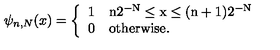
\psi _ { n , N } ( x ) = \left\{ \begin{array} { l l } { 1 } & { \mathrm { n 2 ^ { - N } \leq x \leq ( n + 1 ) 2 ^ { - N } } } \\ { 0 } & { \mathrm { o t h e r w i s e . } } \\ \end{array} \right.